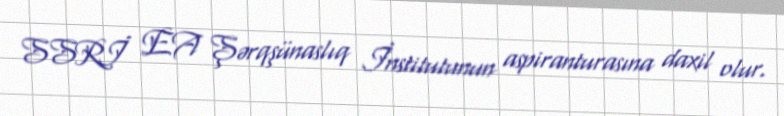
SSRİ EA Şərqşünaslıq İnstitutunun aspiranturasına daxil olur.